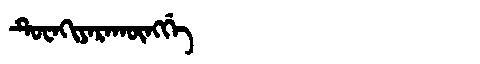
Manchu: ᡨᡠᠸᠠᡴᡳᠶᠠᡵᠠᡴᡡᠩᡤᡝ
Romanization: TUWAKIYARAKŪNGGE